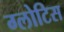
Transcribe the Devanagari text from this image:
ग्लोटिस